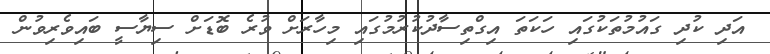
އަދި ކުދި ގައުމުތަކުގައި ހަކަތަ އިގްތިސާދުކުރުމުގައި މިހާރަށް ވުރެ ބޮޑަށް ސިޔާސީ ބައިވެރިވުން